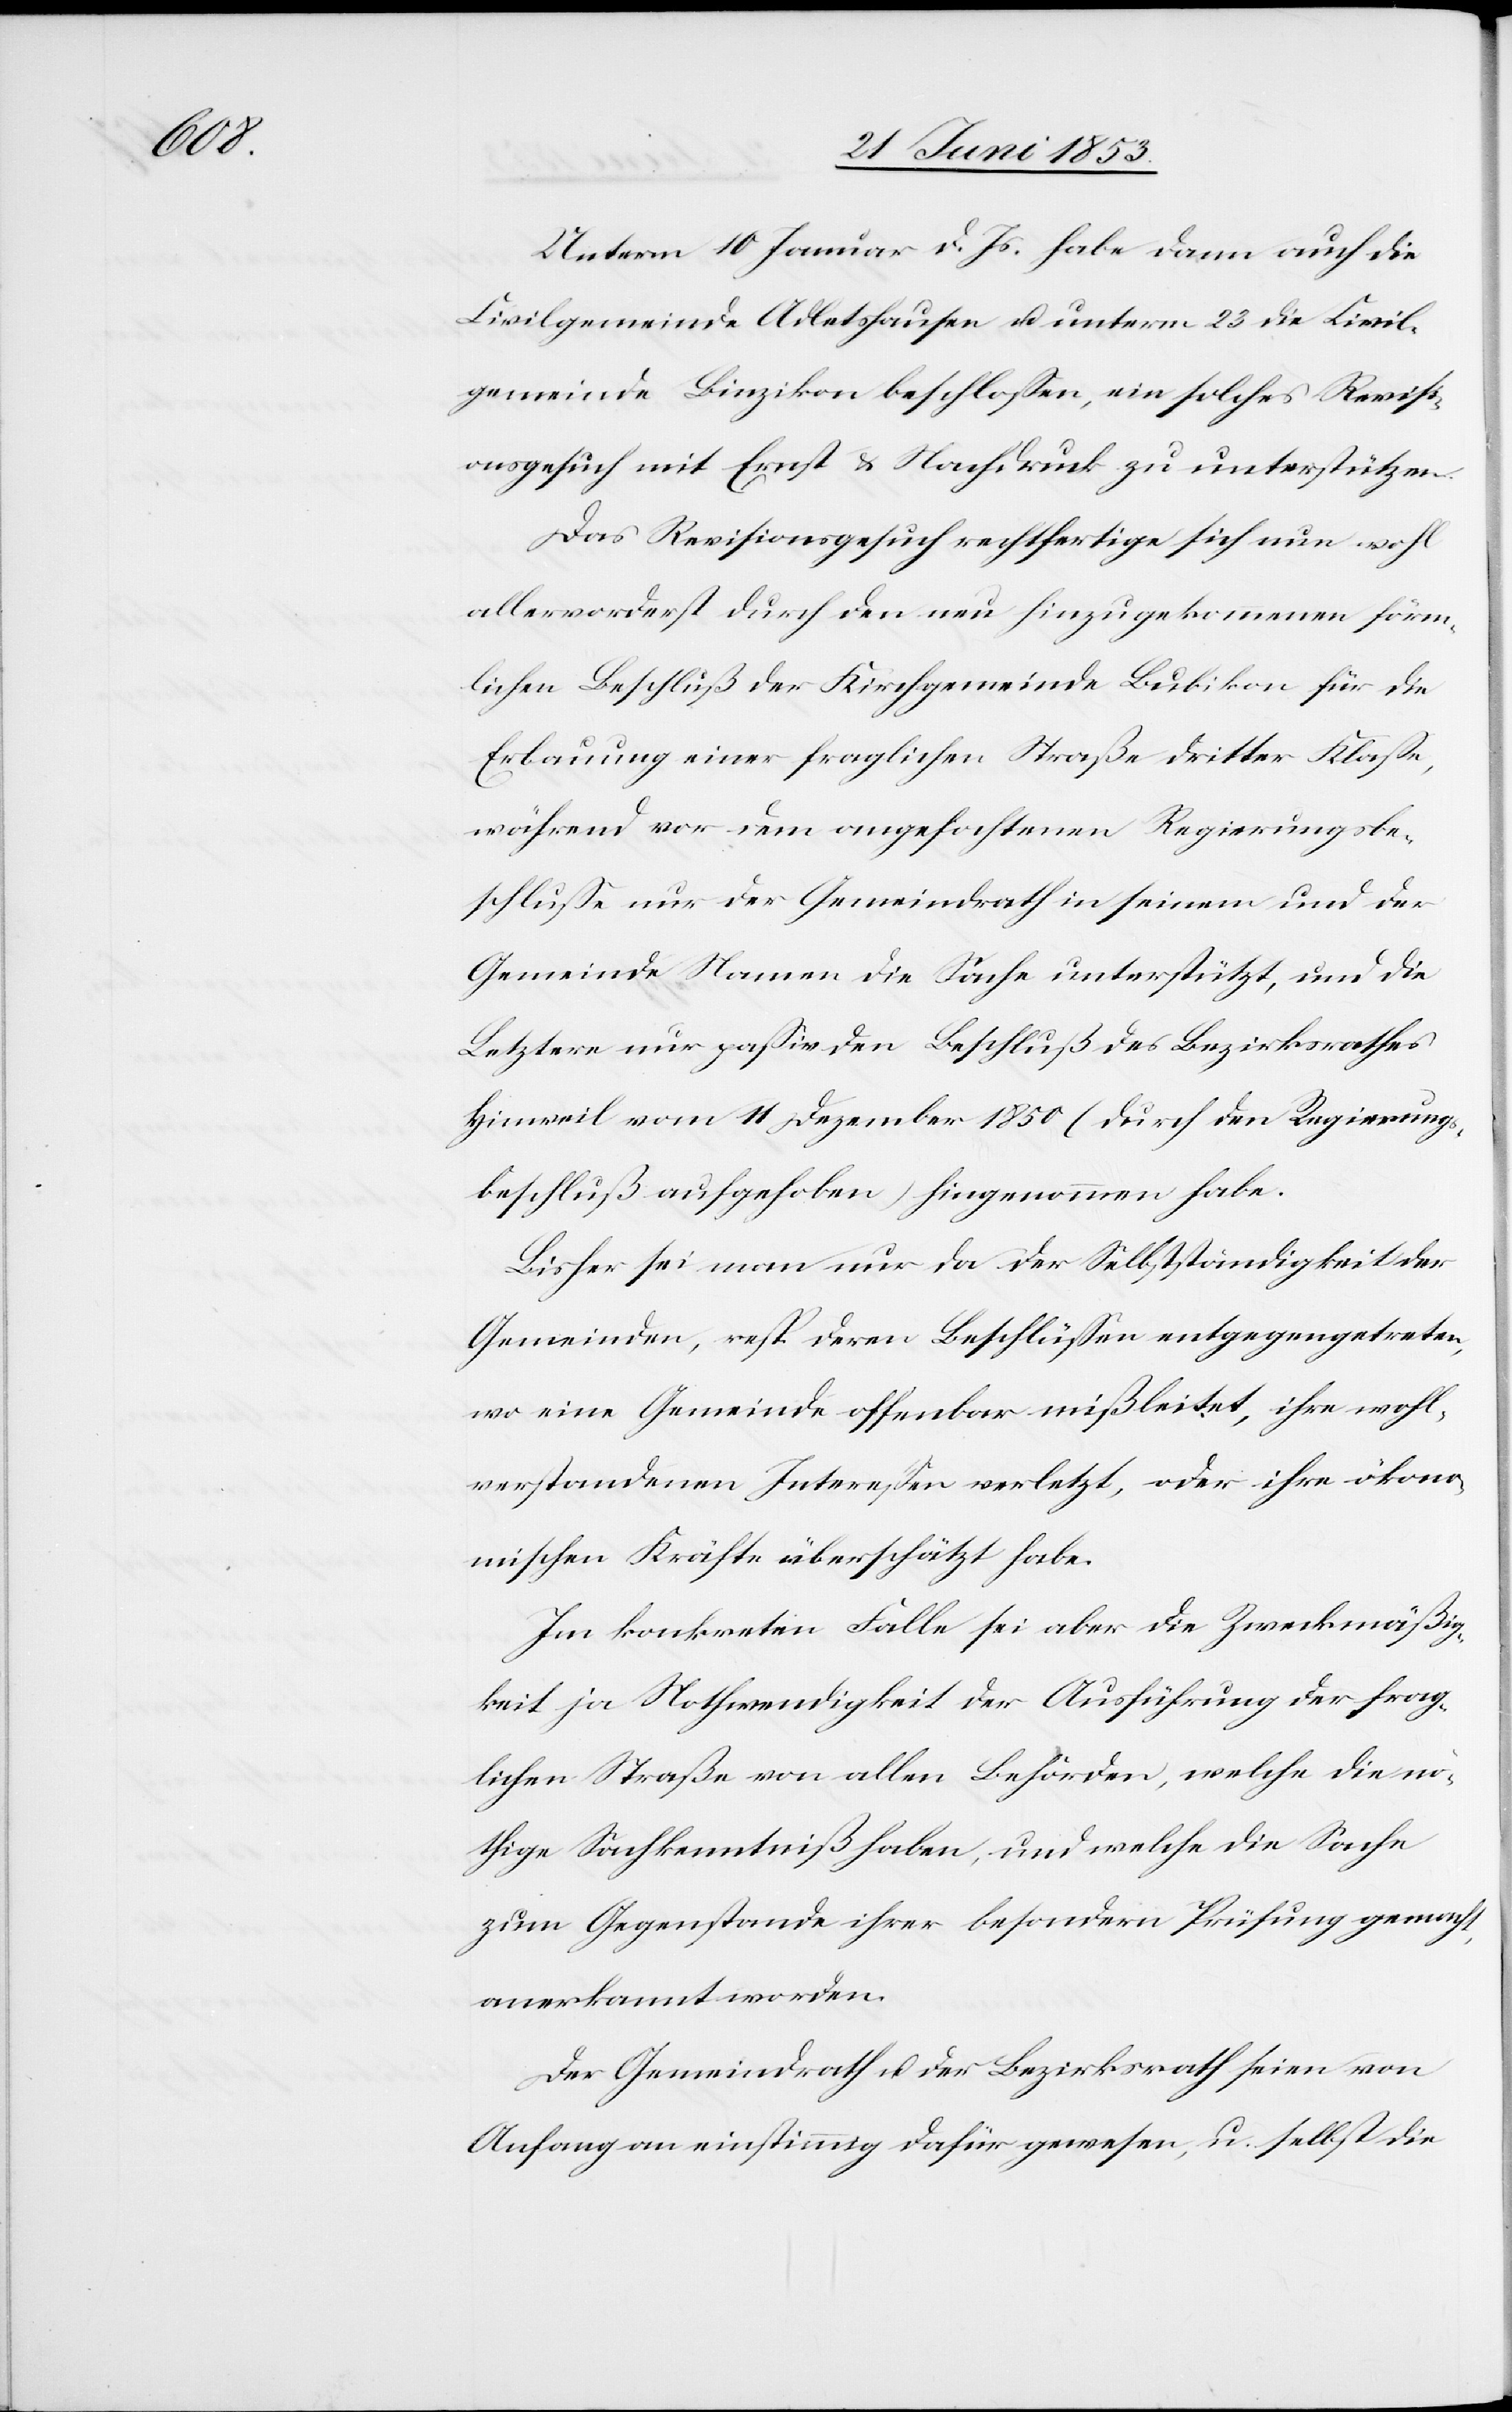
Unterm 10 Januar d. Js. habe dann auch die
Civilgemeinde Adletshausen u. unterm 23 die Civil¬
gemeinde Binzikon beschloßen, ein solches Revisi¬
onsgesuch mit Ernst u. Nachdruck zu unterstützen.
Das Revisionsgesuch rechtfertige sich nun wohl
allervorderst durch den neu hinzugekommenen förm¬
lichen Beschluß der Kirchgemeinde Bubikon für die
Erbauung einer fraglichen Straße dritter Klaße,
während vor dem angefochtenen Regierungsbe¬
schluße nur der Gemeindrath in seinem und der
Gemeinde Namen die Sache unterstützt, und die
Letztere nur paßiv den Beschluß des Bezirksrathes
Hinweil vom 11 Dezember 1850 (durch den Regierungs¬
beschluß aufgehoben) hingenommen habe.
Bisher sei man nur da der Selbstständigkeit der
Gemeinden, resp. deren Beschlüßen entgegengetreten,
wo eine Gemeinde offenbar mißleitet, ihre wohl¬
verstandenen Intereßen verletzt, oder ihre ökono¬
mischen Kräfte überschätzt habe.
Im konkreten Falle sei aber die Zweckmäßig¬
keit ja Nothwendigkeit der Ausführung der frag¬
lichen Straße von allen Behörden, welche die nö¬
thige Sachkenntniß haben, und welche die Sache
zum Gegenstande ihrer besondern Prüfung gemacht
anerkannt worden.
Der Gemeindrath u. der Bezirksrath seien von
Anfang an einstimmig dafür gewesen, u. selbst die